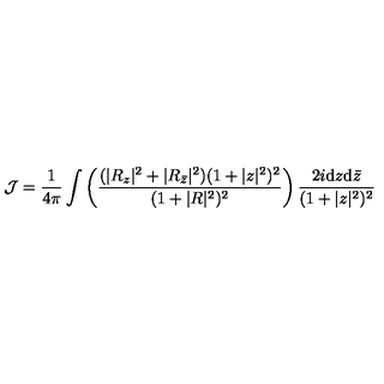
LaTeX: { \cal J } = \frac { 1 } { 4 \pi } \int \left( \frac { ( | R _ { z } | ^ { 2 } + | R _ { { \bar { z } } } | ^ { 2 } ) ( 1 + | z | ^ { 2 } ) ^ { 2 } } { ( 1 + | R | ^ { 2 } ) ^ { 2 } } \right) \frac { 2 i \mathrm { d } z \mathrm { d } { \bar { z } } } { ( 1 + | z | ^ { 2 } ) ^ { 2 } }